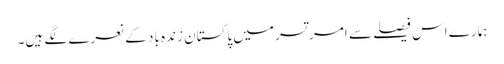
ہمارے اس فیصلے سے امرتسر میں پاکستان زندہ باد کے نعرے لگے ہیں۔